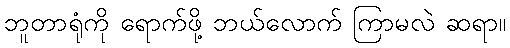
ဘူတာရုံကို ရောက်ဖို့ ဘယ်လောက် ကြာမလဲ ဆရာ။